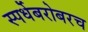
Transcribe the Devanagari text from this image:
स्पर्धेबरोबरच